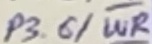
Text: P3.6/WR